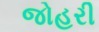
જોહરી